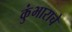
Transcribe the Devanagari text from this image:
कुंभाराचे